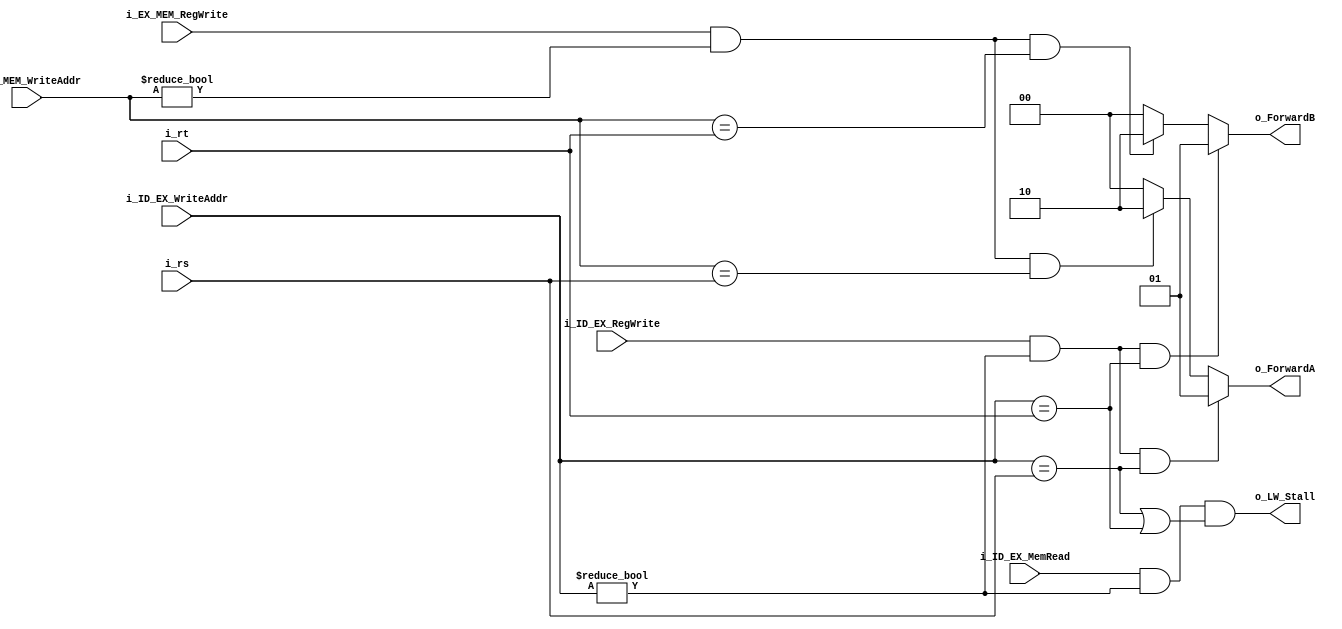
module Data_Hazard
(
    input wire i_ID_EX_RegWrite,
    input wire [4:0] i_ID_EX_WriteAddr,
    input wire i_EX_MEM_RegWrite,
    input wire [4:0] i_EX_MEM_WriteAddr,
    input wire [4:0] i_rs,
    input wire [4:0] i_rt,
    input wire i_ID_EX_MemRead,
    output wire [1:0] o_ForwardA,     // 00: no hazard, 01: 1-step, 10: 2_step
    output wire [1:0] o_ForwardB,
    output wire o_LW_Stall
);

    assign o_ForwardA = (i_ID_EX_RegWrite && i_ID_EX_WriteAddr != 0 && i_ID_EX_WriteAddr == i_rs) ? 2'b01 : (i_EX_MEM_RegWrite && i_EX_MEM_WriteAddr != 0 && i_EX_MEM_WriteAddr == i_rs) ? 2'b10 : 2'b00;
    assign o_ForwardB = (i_ID_EX_RegWrite && i_ID_EX_WriteAddr != 0 && i_ID_EX_WriteAddr == i_rt) ? 2'b01 : (i_EX_MEM_RegWrite && i_EX_MEM_WriteAddr != 0 && i_EX_MEM_WriteAddr == i_rt) ? 2'b10 : 2'b00;
    assign o_LW_Stall = i_ID_EX_MemRead && (i_ID_EX_WriteAddr != 0) && (i_ID_EX_WriteAddr == i_rs || i_ID_EX_WriteAddr == i_rt);

endmodule